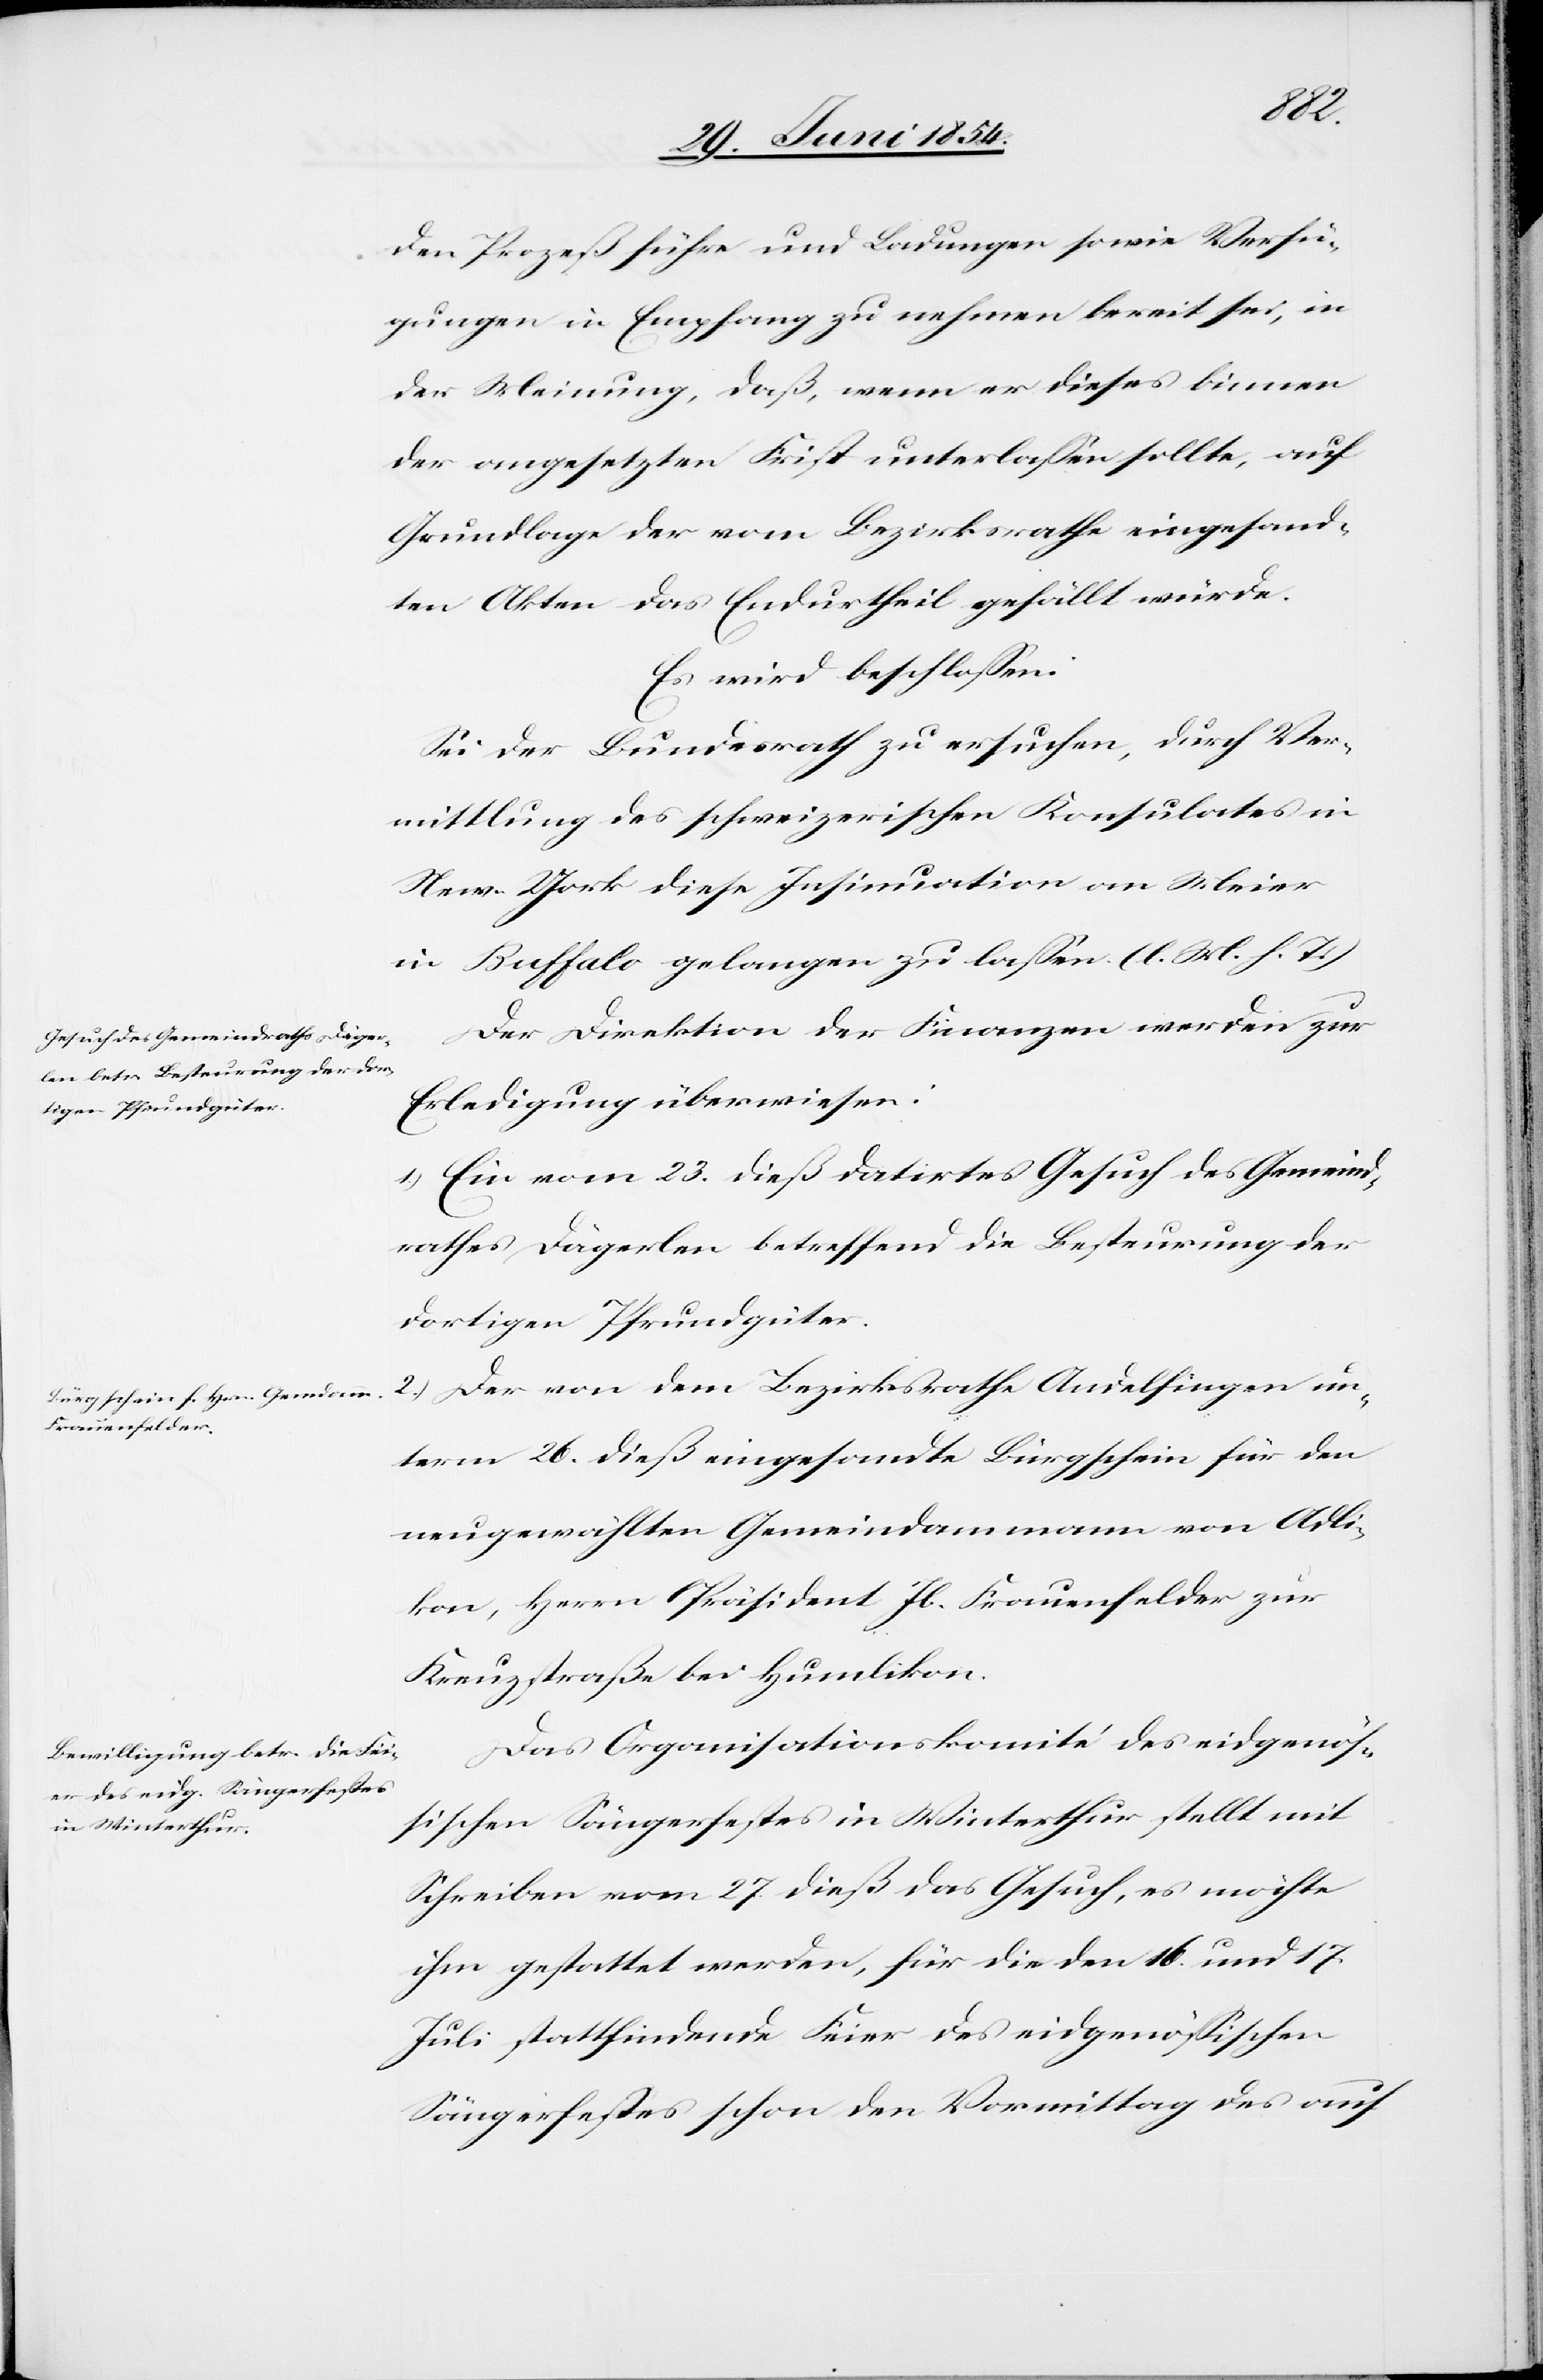
den Prozeß führe und Ladungen sowie Verfü¬
gung in Empfang zu nehmen bereit sei, in
der Meinung, daß, wenn er dieses binnen
der angesetzten Frist unterlaßen sollte, auf
Grundlage der vom Bezirksrathe eingesand¬
ten Akten das Endurtheil gefällt würde.
Es wird beschloßen:
Sei der Bundesrath zu ersuchen, durch Ver¬
mittlung des schweizerischen Konsulates in
New-York dieses Insinuation an Meier
in Buffalo gelangen zu laßen. (l. M. h. T.)
Der Direktion der Finanzen werden zur
Erledigung überwiesen:
1.) Ein vom 23. dieß datirtes Gesuch des Gemeind¬
rathes Dägerlen betreffend die Besteurung der
dortigen Pfrundgüter.
2.) Der von dem Bezirksrathe Andelfingen un¬
term 26. dieß eingesandte Bürgschein für den
neugewählten Gemeindammann von Adli¬
kon, Herrn Präsident Jb. Frauenfelder zur
Kreuzstraß bei Humlikon.
Das Organisationskomité des eidgenö¬
ßischen Sängerfestes in Winterthur stellt mit
Schreiben vom 27. dieß das Gesuch, es möchte
ihm gestattet werden, für die den 16. und 17.
Juli stattfindende Feier des eidgenößischen
Sängerfestes schon den Vormittag des auf